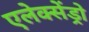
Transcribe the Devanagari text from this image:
एलेक्सेंड्रो